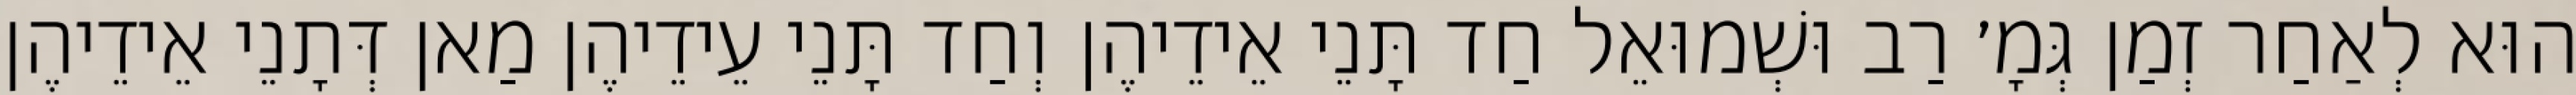
הוּא לְאַחַר זְמַן גְּמָ׳ רַב וּשְׁמוּאֵל חַד תָּנֵי אֵידֵיהֶן וְחַד תָּנֵי עֵידֵיהֶן מַאן דְּתָנֵי אֵידֵיהֶן